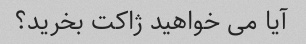
آیا می خواهید ژاکت بخرید؟